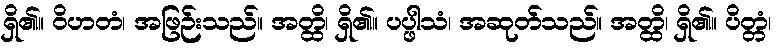
ရှိ၏။ ဝိဟတံ၊ အဖြဉ်းသည်။ အတ္ထိ၊ ရှိ၏။ ပပ္ဖါသံ၊ အဆုတ်သည်။ အတ္ထိ၊ ရှိ၏။ ပိတ္တံ၊